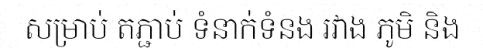
សម្រាប់ តភ្ជាប់ ទំនាក់ទំនង រវាង ភូមិ និង